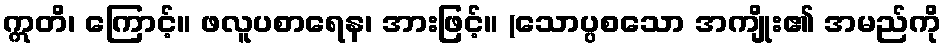
ဣတိ၊ ကြောင့်။ ဖလူပစာရေန၊ အားဖြင့်။ (သောပ္ပစသော အကျိုး၏ အမည်ကို